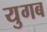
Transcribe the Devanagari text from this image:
युगब